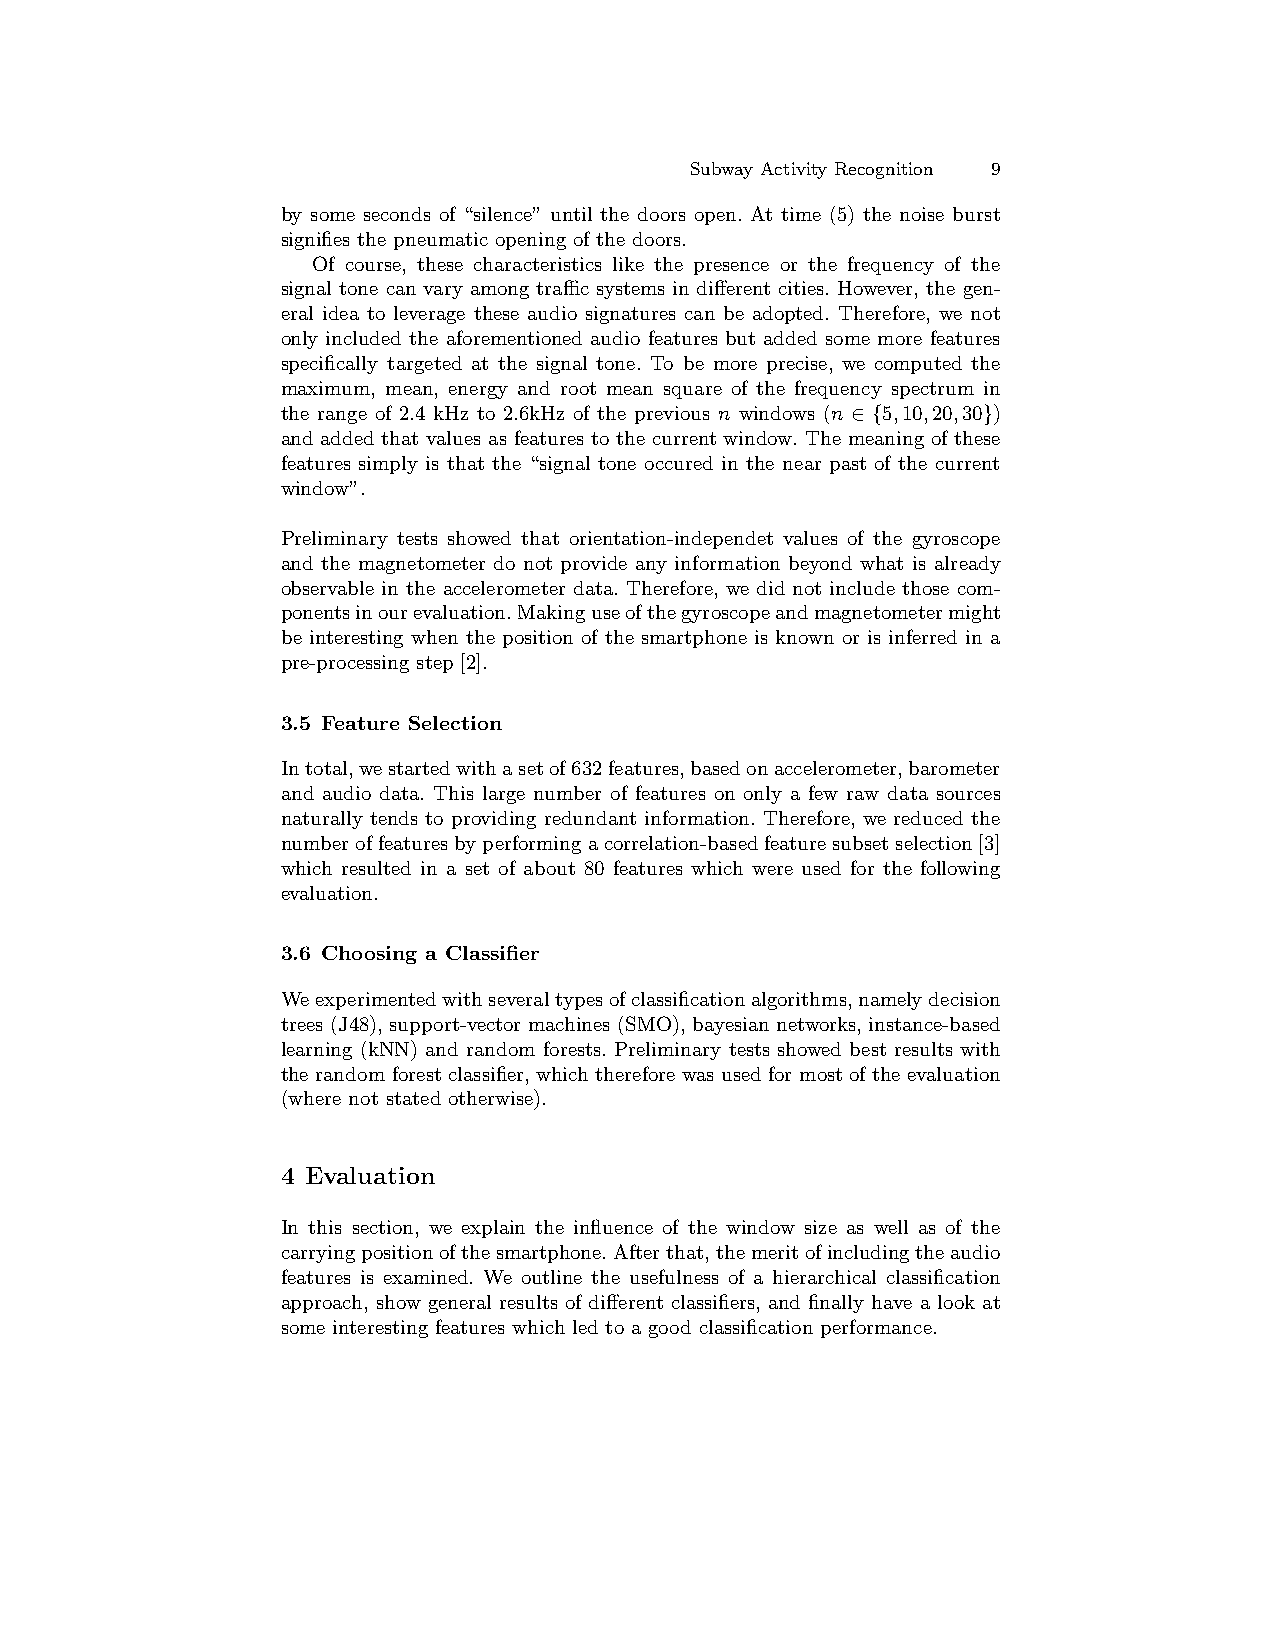
Subway Activity Recognition 9
 by some seconds of “silence” until the doors open. At time (5) the noise burst
 signifies the pneumatic opening of the doors.
 Of course, these characteristics like the presence or the frequency of the
 signal tone can vary among traffic systems in different cities. However, the gen-
 eral idea to leverage these audio signatures can be adopted. Therefore, we not
 only included the aforementioned audio features but added some more features
 specifically targeted at the signal tone. To be more precise, we computed the
 maximum, mean, energy and root mean square of the frequency spectrum in
 the range of 2.4 kHz to 2.6kHz of the previous n windows (n ∈ {5,10,20,30})
 and added that values as features to the current window. The meaning of these
 features simply is that the “signal tone occured in the near past of the current
 window”.
 Preliminary tests showed that orientation-independet values of the gyroscope
 and the magnetometer do not provide any information beyond what is already
 observable in the accelerometer data. Therefore, we did not include those com-
 ponentsinourevaluation.Makinguseofthegyroscopeandmagnetometermight
 be interesting when the position of the smartphone is known or is inferred in a
 pre-processing step [2].
 3.5 Feature Selection
 Intotal,westartedwithasetof632features,basedonaccelerometer,barometer
 and audio data. This large number of features on only a few raw data sources
 naturally tends to providing redundant information. Therefore, we reduced the
 numberoffeaturesbyperformingacorrelation-basedfeaturesubsetselection[3]
 which resulted in a set of about 80 features which were used for the following
 evaluation.
 3.6 Choosing a Classifier
 Weexperimentedwithseveraltypesofclassificationalgorithms,namelydecision
 trees (J48), support-vector machines (SMO), bayesian networks, instance-based
 learning (kNN) and random forests. Preliminary tests showed best results with
 the random forest classifier, which therefore was used for most of the evaluation
 (where not stated otherwise).
 4 Evaluation
 In this section, we explain the influence of the window size as well as of the
 carryingpositionofthesmartphone.Afterthat,themeritofincludingtheaudio
 features is examined. We outline the usefulness of a hierarchical classification
 approach, show general results of different classifiers, and finally have a look at
 some interesting features which led to a good classification performance.